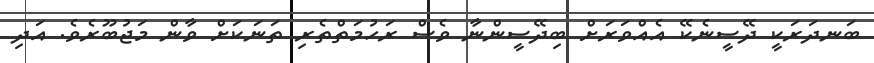
ބަނދަރަކީ ދޭސީނެކޭ އެއްވަރަށް ބިދޭސީންނާ ވެސް ރަހުމަތްތެރި ތަނަކަށް ވާން މަޖުބޫރެވެ. އަދި